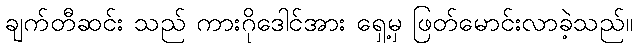
ချက်တီဆင်း သည် ကားဂိုဒေါင်အား ရှေ့မှ ဖြတ်မောင်းလာခဲ့သည်။